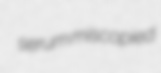
serum miscopied